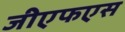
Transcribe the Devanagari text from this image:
जीएफएस